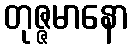
တုဇ္ဇမာနော